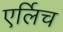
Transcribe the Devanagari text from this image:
एर्लिच